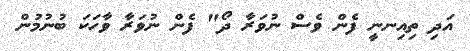
އަދި ތިއިނނީ ފެން ވެސް ނުވަރާ ދޯ" ފެން ނުވަރާ ވާހަކަ ބުނުމުން